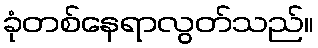
ခုံတစ်နေရာလွတ်သည်။